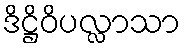
ဒိဋ္ဌိဝိပလ္လာသာ